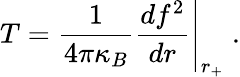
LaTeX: T=\frac{1}{4\pi\kappa_{B}}\left.\frac{df^{2}}{dr}\right|_{r_{+}}\; .